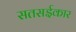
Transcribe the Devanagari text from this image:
सतसईकार